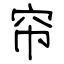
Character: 帘